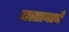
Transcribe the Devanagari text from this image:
जातानाचे